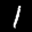
Label: 1